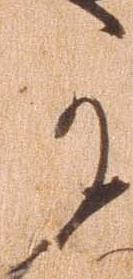
か